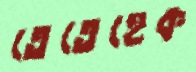
তেতেহেক